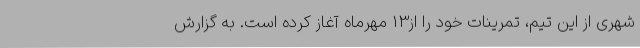
شهری از این تیم، تمرینات خود را از13 مهرماه آغاز کرده است. به گزارش